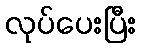
လုပ်ပေးပြီး